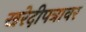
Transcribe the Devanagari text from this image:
खरेदीपत्रावर